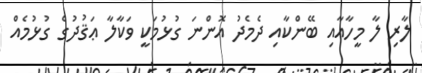
ލާރި ލާ މީހާއާއި ބޭންކާއި ދެމެދު އޮންނަ ގުޅުމަކީ ވަކާލާ ޢަޤުދުގެ ގުޅުމެއް